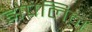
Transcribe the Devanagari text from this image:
झेपलिन